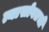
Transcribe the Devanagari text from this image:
त्यासोबतची